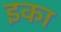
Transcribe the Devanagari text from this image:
इका